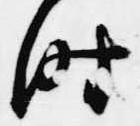
時